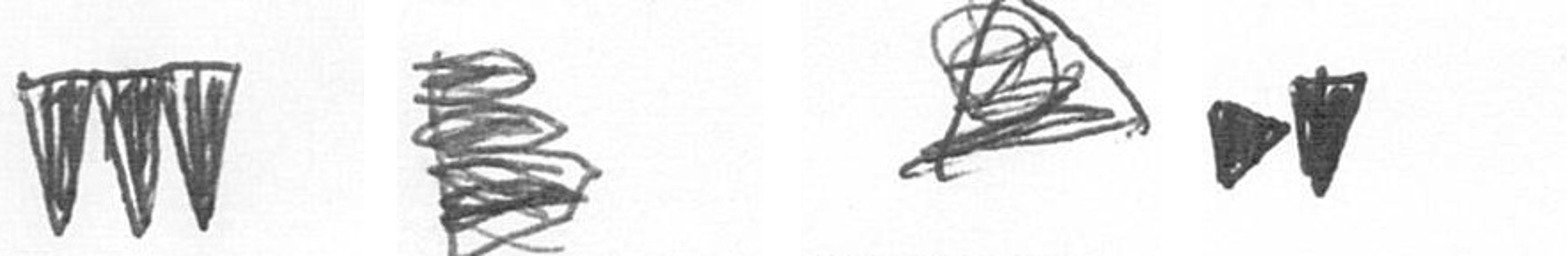
L H O M